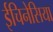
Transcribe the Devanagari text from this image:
ईचिनेसिया